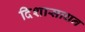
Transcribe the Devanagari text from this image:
दिशासाधन